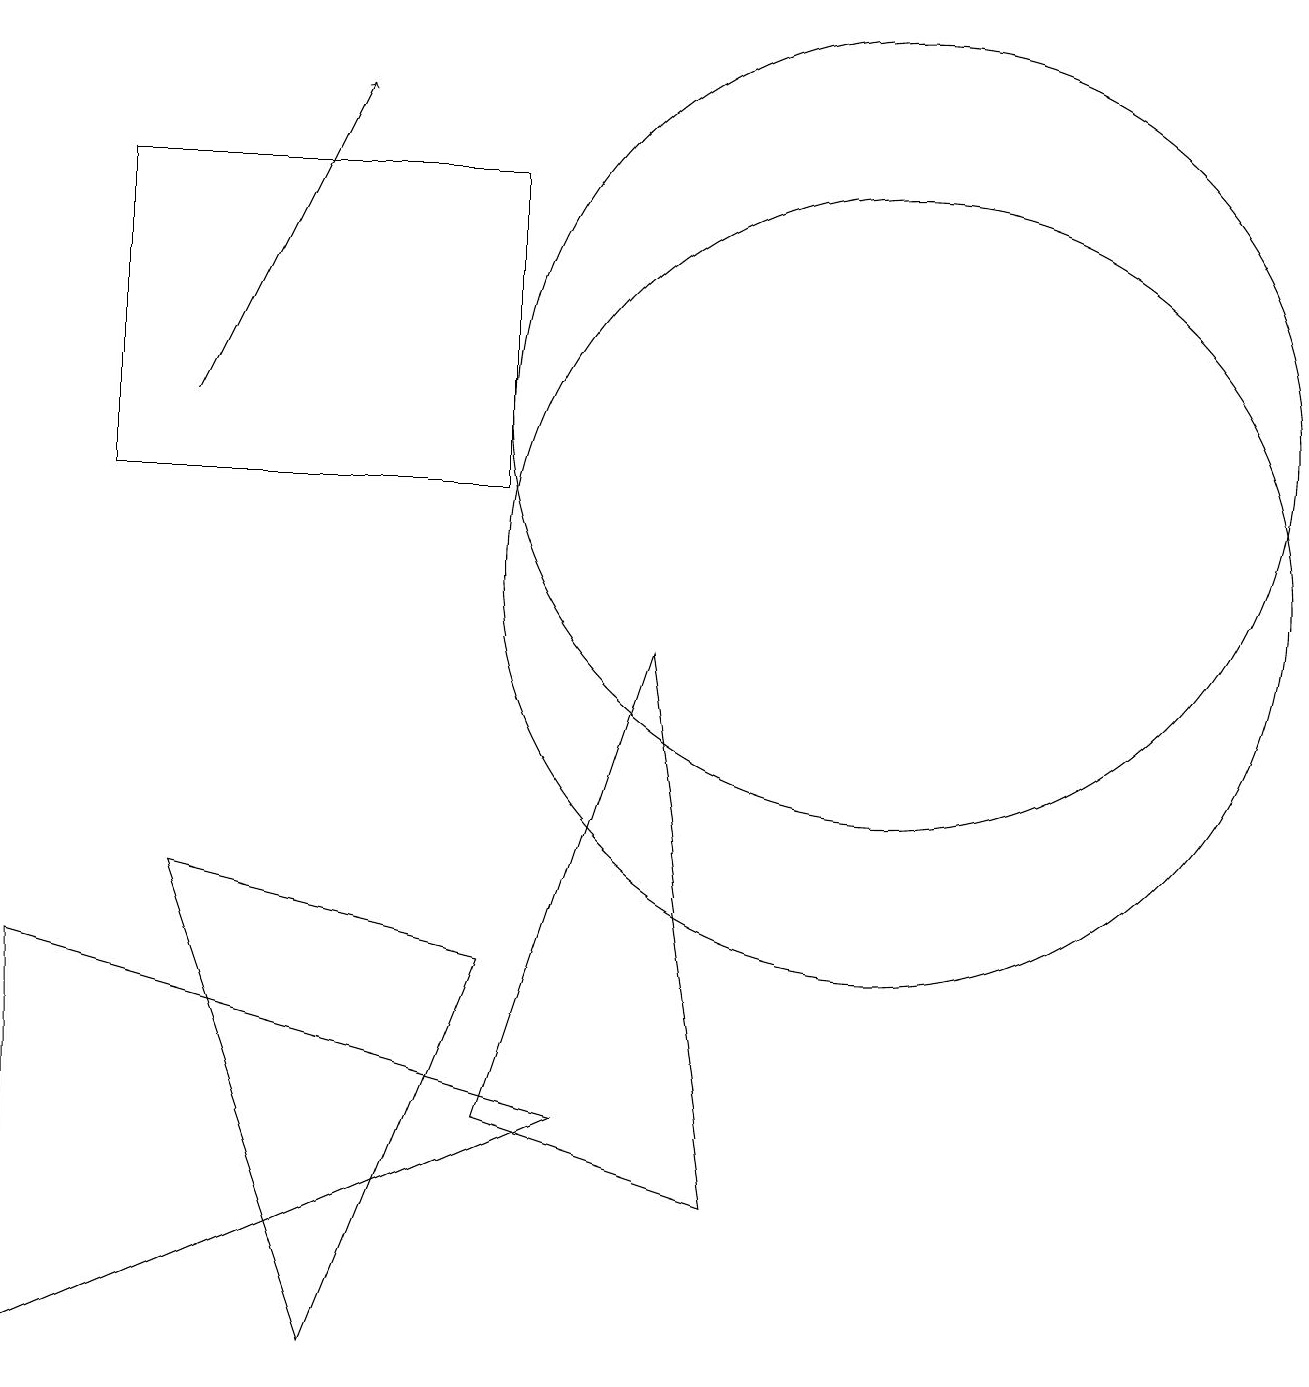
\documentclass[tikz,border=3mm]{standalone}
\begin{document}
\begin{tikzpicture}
\draw (4,0) -- (6,5) -- (2,6) -- cycle;
\draw (11,12) circle (5);
\draw (4,14) rectangle (4,14);
\draw (8,9) -- (9,2) -- (6,3) -- cycle;
\draw (11,10) circle (5);
\draw[->] (2,12) -- (4,16);
\draw (6,15) rectangle (1,11);
\draw (0,5) -- (0,0) -- (7,3) -- cycle;
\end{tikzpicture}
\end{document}